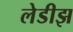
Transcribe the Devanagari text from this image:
लेडीझ